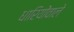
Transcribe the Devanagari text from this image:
धारियोंवाले